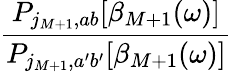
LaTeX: \frac{P_{j_{M+1},ab}[\beta_{M+1}(\omega)]}{P_{j_{M+1},a^{\prime}b^{\prime}}[\beta_{M+1}(\omega)]}